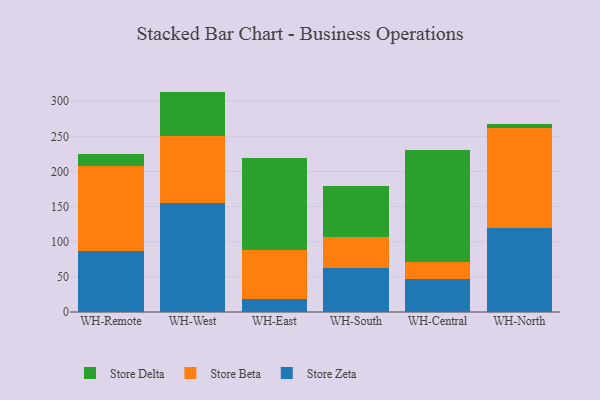
{"axis": {"x": "Warehouse", "y": "Temperature (°C)"}, "legend": ["Store Beta", "Store Delta", "Store Zeta"], "data": [{"x": "WH-Remote", "y": 86.5, "type": "Store Zeta"}, {"x": "WH-Remote", "y": 120.7, "type": "Store Beta"}, {"x": "WH-Remote", "y": 17.5, "type": "Store Delta"}, {"x": "WH-West", "y": 155.2, "type": "Store Zeta"}, {"x": "WH-West", "y": 95.7, "type": "Store Beta"}, {"x": "WH-West", "y": 62.7, "type": "Store Delta"}, {"x": "WH-East", "y": 18.0, "type": "Store Zeta"}, {"x": "WH-East", "y": 70.6, "type": "Store Beta"}, {"x": "WH-East", "y": 130.8, "type": "Store Delta"}, {"x": "WH-South", "y": 63.2, "type": "Store Zeta"}, {"x": "WH-South", "y": 44.0, "type": "Store Beta"}, {"x": "WH-South", "y": 71.8, "type": "Store Delta"}, {"x": "WH-Central", "y": 46.4, "type": "Store Zeta"}, {"x": "WH-Central", "y": 24.3, "type": "Store Beta"}, {"x": "WH-Central", "y": 160.2, "type": "Store Delta"}, {"x": "WH-North", "y": 118.9, "type": "Store Zeta"}, {"x": "WH-North", "y": 143.1, "type": "Store Beta"}, {"x": "WH-North", "y": 5.2, "type": "Store Delta"}]}